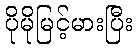
ပိုမိုမြင့်မားပြီး